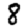
Digit: 8